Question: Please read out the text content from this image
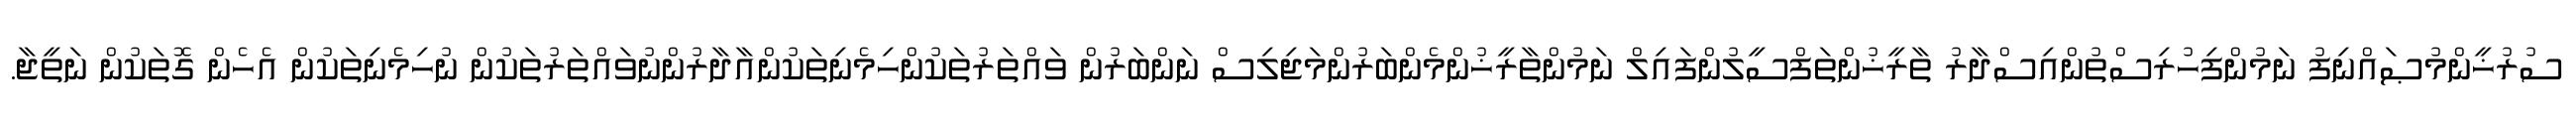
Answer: ސުރުޚީންމުޞައްނިފު ނަމުންފިހުރިސްތުންއިސްދާރު ތާރީޚުންތަފްސީލުންފައިލް ނަމުންތާރީޚުންމެންބަރުންމަޖިލިސް ނަންބަރުން ވައްތަރުތަކުންހިމެނިތަކުންއާދާރުންނުވައްތަރުތަކުން ނުހިމެނިތަކުން އެހެން ގޮތަކުން ނަތީޖާ.